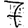
Digit: 7